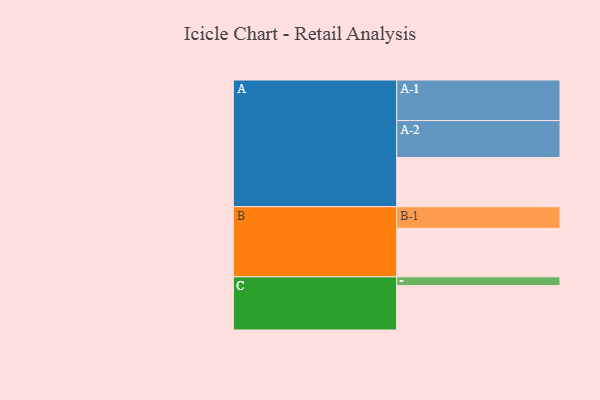
{"axis": {"x": "Segment", "y": "Value"}, "legend": ["", "A", "B", "C"], "data": [{"x": "A", "y": 340, "type": ""}, {"x": "B", "y": 335, "type": ""}, {"x": "C", "y": 306, "type": ""}, {"x": "A-1", "y": 280, "type": "A"}, {"x": "A-2", "y": 255, "type": "A"}, {"x": "B-1", "y": 149, "type": "B"}, {"x": "C-1", "y": 61, "type": "C"}]}